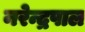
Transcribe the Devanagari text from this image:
नरेन्द्रपाल